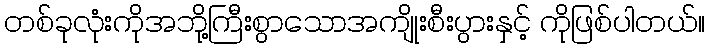
တစ်ခုလုံးကိုအဘို့ကြီးစွာသောအကျိုးစီးပွားနှင့် ကိုဖြစ်ပါတယ်။